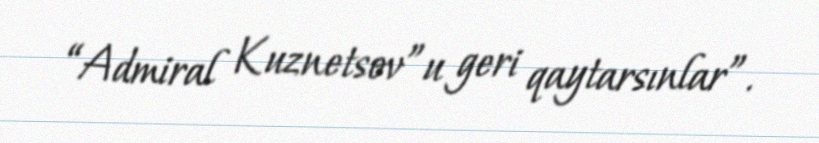
“Admiral Kuznetsov”u geri qaytarsınlar”.